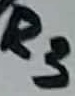
Text: R3